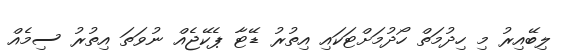
ލިބޭއިރު މި ހިދުމަތް ހޯދުމަށްޓަކައި އިތުރު ޑޭޓާ ޕެކޭޖެއް ނުވަތަ އިތުރު ސިމެއް